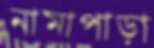
নামাপাড়া